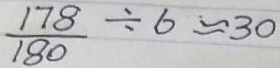
\frac { 1 7 8 } { 1 8 0 } \div 6 \approx 3 0